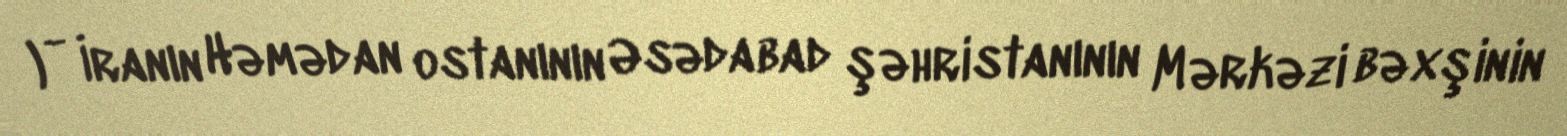
قمشانه) - İranın Həmədan ostanının Əsədabad şəhristanının Mərkəzi bəxşinin